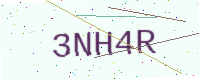
Text: 3NH4R